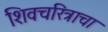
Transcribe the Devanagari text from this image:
शिवचरित्राचा